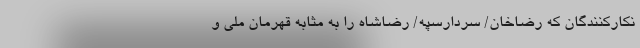
نکارکنندگان که رضاخان/ سردار‌سپه/ رضاشاه را به مثابه قهرمان ملی و